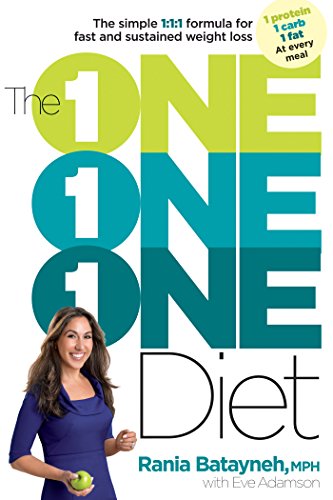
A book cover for The One One One Diet: The Simple 1:1:1 Formula for Fast and Sustained Weight Loss; Rania Batayneh; Health, Fitness & Dieting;